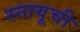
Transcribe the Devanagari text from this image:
स्नायूची